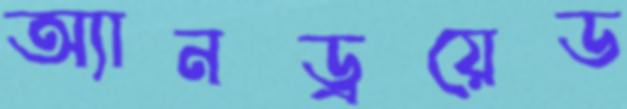
অ্যানড্রয়েড